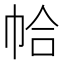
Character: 帢